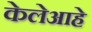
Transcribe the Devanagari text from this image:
केलेआहे